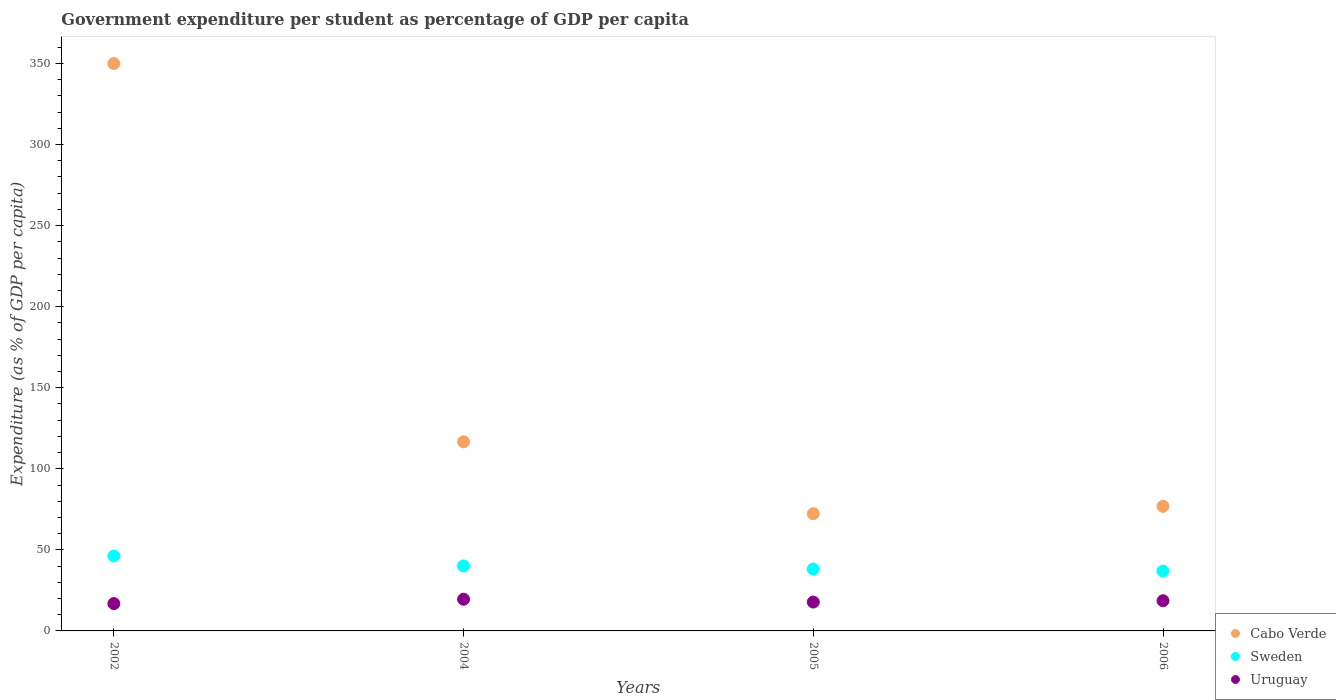
| Years | Cabo Verde | Sweden | Uruguay |
 | --- | --- | --- | --- |
 | 2002 | 350 | 46.2 | 16.9 |
 | 2004 | 117 | 40.1 | 19.5 |
 | 2005 | 72.3 | 38.2 | 17.8 |
 | 2006 | 76.8 | 36.9 | 18.6 |